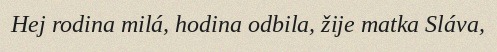
Hej rodina milá, hodina odbila, žije matka Sláva,